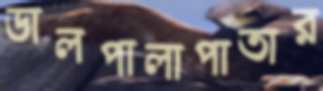
ডালপালাপাতার